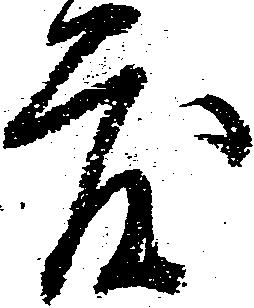
度